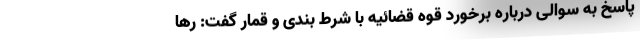
پاسخ به سوالی درباره برخورد قوه قضائیه با شرط بندی و قمار گفت: رها